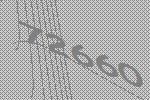
72660